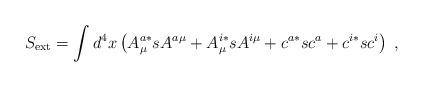
LaTeX: \begin{align*}S_{\mathrm{ext}}=\int d^4x\left( A_\mu ^{a*}sA^{a\mu }+A_\mu ^{i*}sA^{i\mu}+c^{a*}sc^a+c^{i*}sc^i\right) \;, \end{align*}